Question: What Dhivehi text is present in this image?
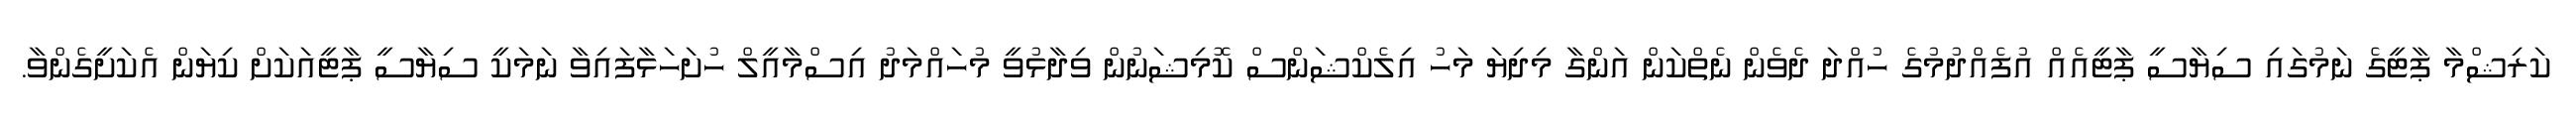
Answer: ކަރިޝްމާ ޕާޓީގެ ނަމުގައި ސިޔާސީ ޕާޓީއެއް އުފެއްދުމުގެ ހުއްދަ ދެވެން ނެތްކަން އަންގާ މިދިޔަ މަހު އިލެކްޝަންސް ކޮމިޝަނުން ވިދާޅުވީ މުހައްމަދު އިސްމާއީލް ހުށަހަޅާފައިވާ ނަމަކީ ސިޔާސީ ޕާޓީއަކަށް ކިޔަން އެކަށީގެންވާ.